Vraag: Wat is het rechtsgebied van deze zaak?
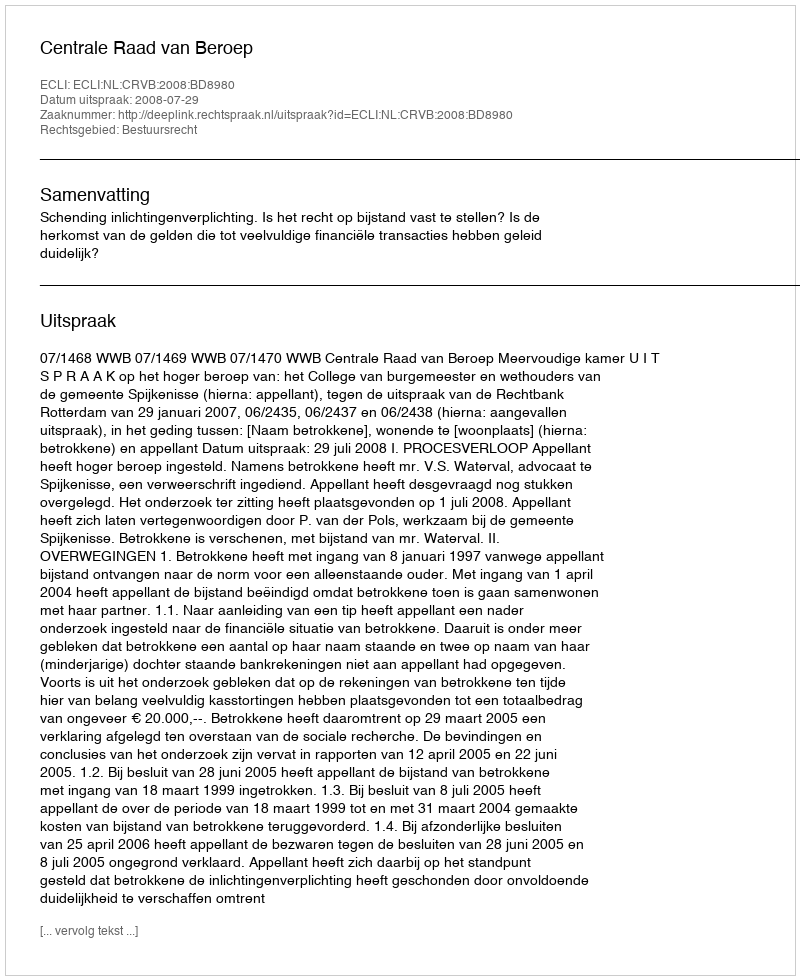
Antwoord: Bestuursrecht